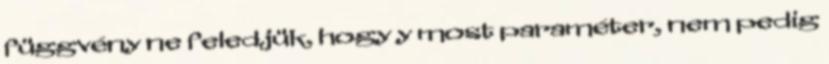
függvény ne feledjük, hogy y most paraméter, nem pedig